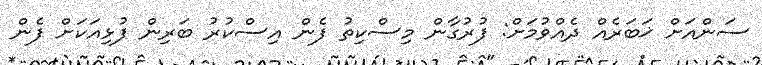
ސަންއަށް ޚަބަރެއް ދެއްވުމަށް: ފުރުގާން މިސްކިތު ފެން އިސްކުރު ބަރިން ފުޅިއަކަށް ފެން